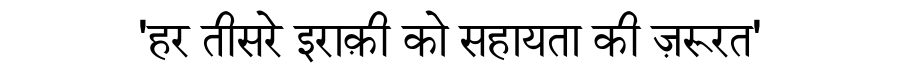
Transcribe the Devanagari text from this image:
'हर तीसरे इराक़ी को सहायता की ज़रूरत'